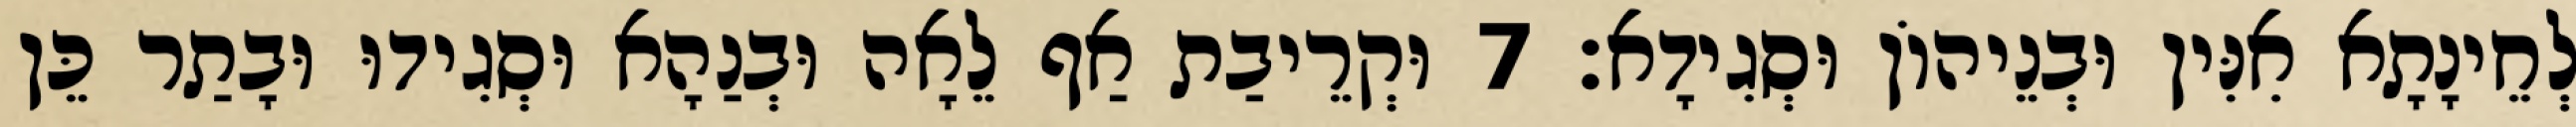
לְחֵינָתָא אִנִּין וּבְנֵיהוֹן וּסְגִידָא׃ 7 וּקְרֵיבַת אַף לֵאָה וּבְנַהָא וּסְגִידוּ וּבָתַר כֵּן